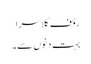
رؤف کلاسرا
بہت دنوں سے۔